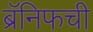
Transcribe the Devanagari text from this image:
ब्रॅनिफची